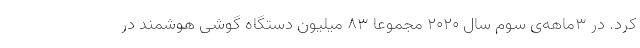
کرد. در ۳ماهه‌ی سوم سال ۲۰۲۰ مجموعا ۸۳ میلیون دستگاه گوشی هوشمند در